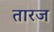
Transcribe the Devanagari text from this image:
तारज